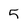
Character: 5